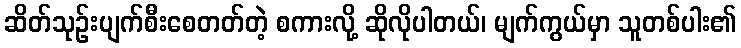
ဆိတ်သုဉ်းပျက်စီးစေတတ်တဲ့ စကားလို့ ဆိုလိုပါတယ်၊ မျက်ကွယ်မှာ သူတစ်ပါး၏